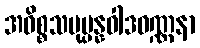
အဓိစ္စသမုပ္ပန္နဝါဒဝဏ္ဏနာ